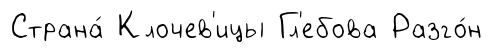
Страна́ Клочев'ицы Гл'ебова Разго́н